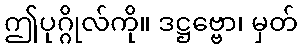
ဤပုဂ္ဂိုလ်ကို။ ဒဋ္ဌဗ္ဗော၊ မှတ်